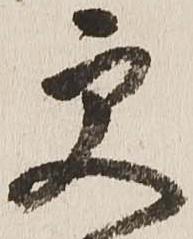
更